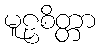
မူဠှစိတ္တာ